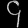
Digit: ၄